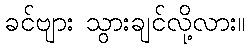
ခင်ဗျား သွားချင်လို့လား။